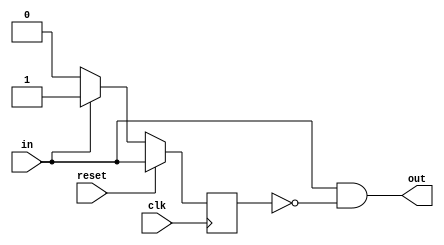
module UARTfsm(input clk,
               input reset,
               input in,
               output out
              );

 localparam STATE_0 = 1'b0,
            STATE_1 = 1'b1;

 reg cs,ns;

 assign out = in & (cs == STATE_0);

 always @(posedge clk)begin
  if(reset)cs <= in;
  else cs <= ns;
 end

 always @(*) begin
  case(cs)
   STATE_0:  ns <= in ? STATE_1 : STATE_0; 
   STATE_1:  ns <= in ? STATE_1 : STATE_0; 
  endcase
 end
endmodule